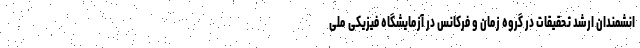
انشمندان ارشد تحقیقات در گروه زمان و فرکانس در آزمایشگاه فیزیکی ملی